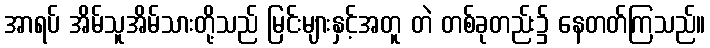
အာရပ် အိမ်သူအိမ်သားတို့သည် မြင်းများနှင့်အတူ တဲ တစ်ခုတည်း၌ နေတတ်ကြသည်။